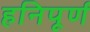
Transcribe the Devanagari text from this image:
हनिपूर्ण